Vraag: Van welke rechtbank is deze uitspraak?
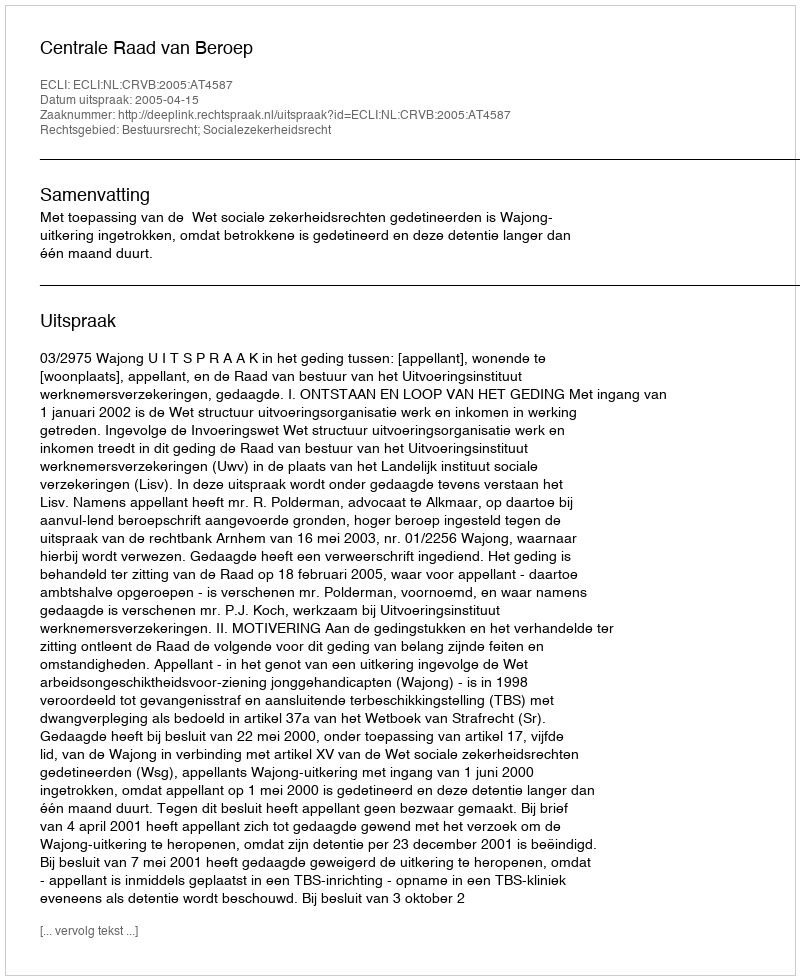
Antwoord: Centrale Raad van Beroep